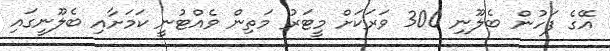
އޭގެ ފަހުން ބެލޫނި 300 ވަރަކަށް މީޓަރު މަތިން ވެއްޓުނީ ކަމަށާއި ބެލޫނީގައި